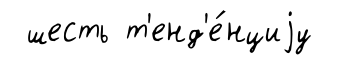
шесть т'енд'е́нциjу